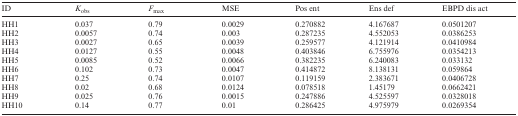
<table><thead><tr><td><b>ID</b></td><td><b><i>K</i><sub>obs</sub></b></td><td><b><i>F</i><sub>max</sub></b></td><td><b>MSE</b></td><td><b>Pos ent</b></td><td><b>Ens def</b></td><td><b>EBPD dis act</b></td></tr></thead><tbody><tr><td>HH1</td><td>0.037</td><td>0.79</td><td>0.0029</td><td>0.270882</td><td>4.167687</td><td>0.0501207</td></tr><tr><td>HH2</td><td>0.0057</td><td>0.74</td><td>0.003</td><td>0.287235</td><td>4.552053</td><td>0.0386253</td></tr><tr><td>HH3</td><td>0.0027</td><td>0.65</td><td>0.0039</td><td>0.259577</td><td>4.121914</td><td>0.0410984</td></tr><tr><td>HH4</td><td>0.0127</td><td>0.55</td><td>0.0048</td><td>0.403846</td><td>6.755976</td><td>0.0354213</td></tr><tr><td>HH5</td><td>0.0085</td><td>0.52</td><td>0.0066</td><td>0.382235</td><td>6.240083</td><td>0.033132</td></tr><tr><td>HH6</td><td>0.102</td><td>0.73</td><td>0.0047</td><td>0.414872</td><td>8.138131</td><td>0.059864</td></tr><tr><td>HH7</td><td>0.25</td><td>0.74</td><td>0.0107</td><td>0.119159</td><td>2.383671</td><td>0.0406728</td></tr><tr><td>HH8</td><td>0.02</td><td>0.68</td><td>0.0124</td><td>0.078518</td><td>1.45179</td><td>0.0662421</td></tr><tr><td>HH9</td><td>0.025</td><td>0.76</td><td>0.0015</td><td>0.247886</td><td>4.525597</td><td>0.0328018</td></tr><tr><td>HH10</td><td>0.14</td><td>0.77</td><td>0.01</td><td>0.286425</td><td>4.975979</td><td>0.0269354</td></tr></tbody></table>